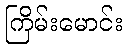
ကြိမ်းမောင်း